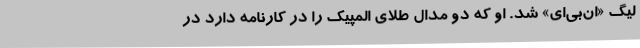
لیگ «ان‌بی‌ای» شد. او که دو مدال طلای المپیک را در کارنامه دارد در